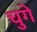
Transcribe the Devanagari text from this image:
चुगे